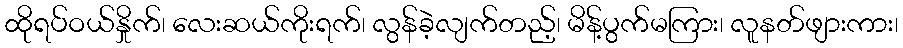
ထိုရပ်ဝယ်နှိုက်၊ လေးဆယ်ကိုးရက်၊ လွန်ခဲ့လျက်တည့်၊ မိန့်ပွက်မကြား၊ လူနတ်ဖျားကား၊